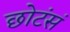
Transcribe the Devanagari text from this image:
छोटंसं